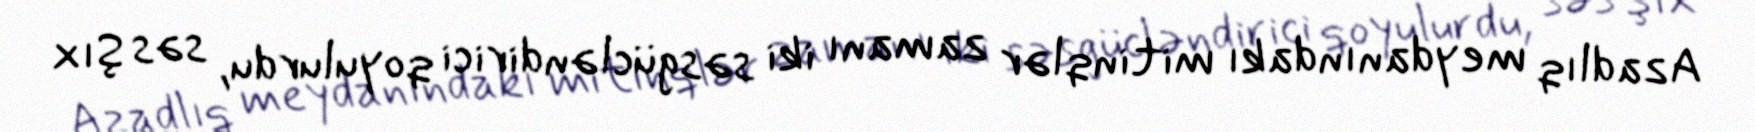
Azadlıq meydanındakı mitinqlər zamanı iki səsgücləndirici qoyulurdu, səs Şıx